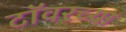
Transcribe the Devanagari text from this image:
टाॅवरच्या